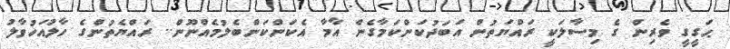
ޙަގީގީ ވެރިން ގެ މިސާލަކީ ރައްޔަތުން އަބަދުކަންކަމާގެން އާމާ އެކަންކަންބެލުމެއްނޫން.. ރައްޔެތުންގެ ހާލުއަހުވާލު